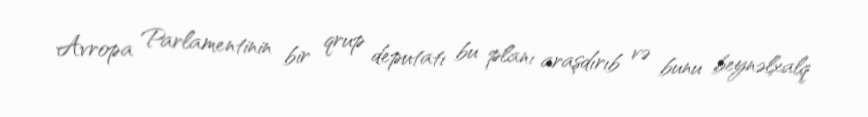
Avropa Parlamentinin bir qrup deputatı bu planı araşdırıb və bunu beynəlxalq